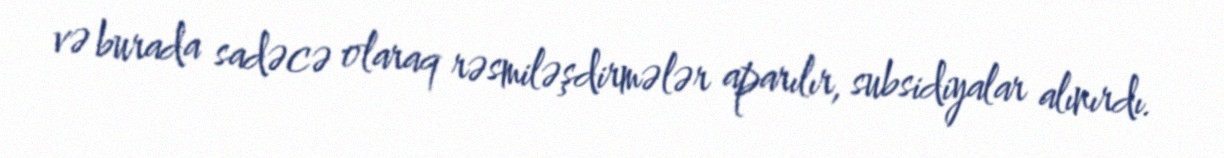
və burada sadəcə olaraq rəsmiləşdirmələr aparılır, subsidiyalar alınırdı.